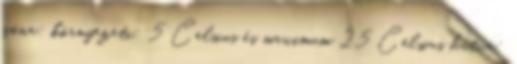
zóna: környezeti: 5 Celsius és maximum 25 Celsius hűtve: